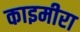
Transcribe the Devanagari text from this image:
काइमीरा